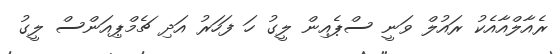
ރެއާލްއާއެކު ރައުލް ވަނީ ސްޕެއިން ލީގު ހަ ފަހަރު އަދި ޗެމްޕިއަންސް ލީގު